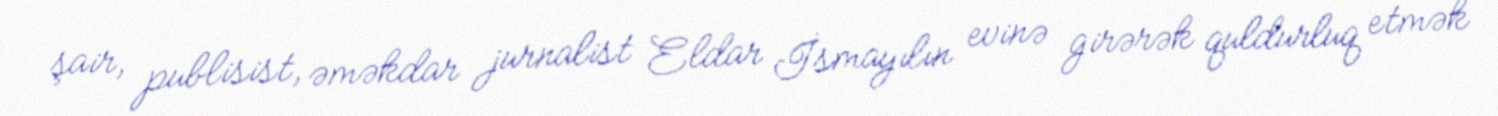
şair, publisist, əməkdar jurnalist Eldar İsmayılın evinə girərək quldurluq etmək